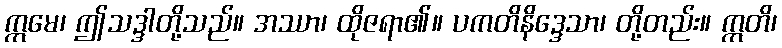
ဣမေ၊ ဤသဒ္ဒါတို့သည်။ အဿာ၊ ထိုဇရာ၏။ ပကတိနိဒ္ဒေသာ၊ တို့တည်း။ ဣတိ၊